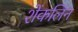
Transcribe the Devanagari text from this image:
शेंकलिन